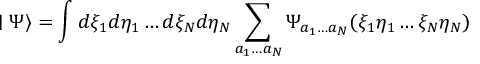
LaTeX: \mid \Psi \rangle = \int d \xi _ { 1 } d \eta _ { 1 } \ldots d \xi _ { N } d \eta _ { N } \sum _ { a _ { 1 } \ldots a _ { N } } \Psi _ { a _ { 1 } \ldots a _ { N } } ( \xi _ { 1 } \eta _ { 1 } \ldots \xi _ { N } \eta _ { N } )